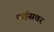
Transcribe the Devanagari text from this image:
माईसचर